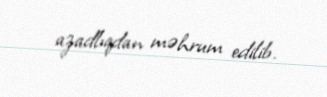
azadlıqdan məhrum edilib.